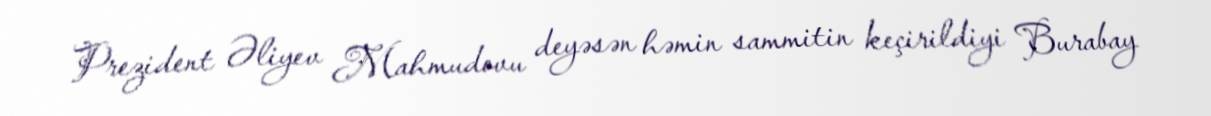
Prezident Əliyev Mahmudovu deyəsən həmin sammitin keçirildiyi Burabay